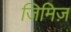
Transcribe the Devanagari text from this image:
जिमिज़